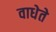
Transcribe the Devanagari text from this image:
वाधेते